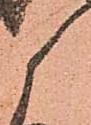
候